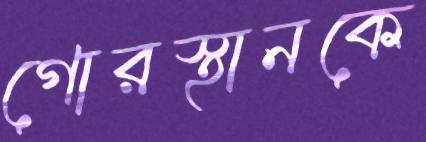
গোরস্থানকে